Lunatic asylums in Bengal annual reports 1888-1898 - 1888-1898
Year: 1888
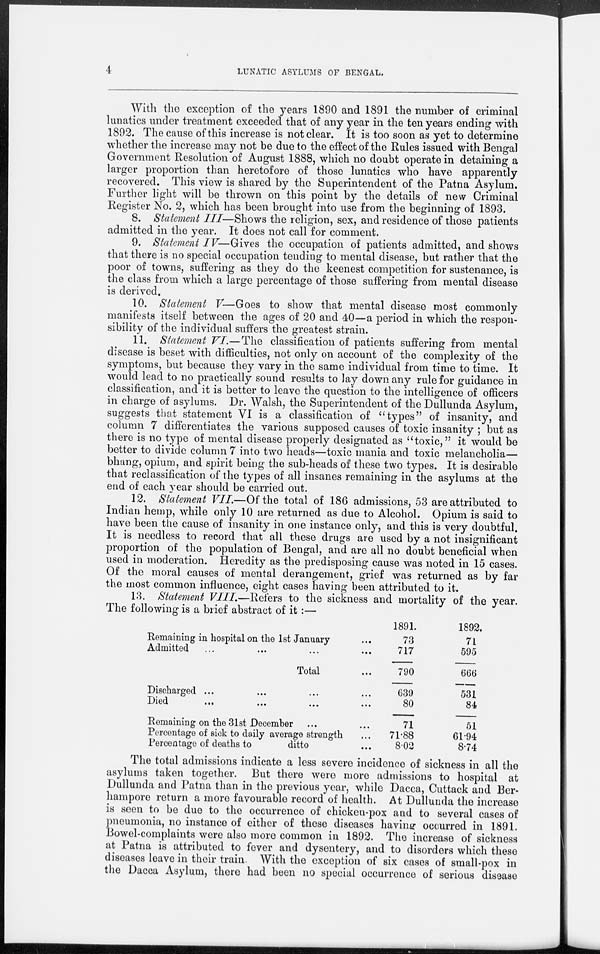
4
LUNATIC ASYLUMS OF BENGAL.
With the exception of the years 1890 and 1891 the number of criminal
lunatics under treatment exceeded that of any year in the ten years ending with
1892. The cause of this increase is not clear. It is too soon as yet to determine
whether the increase may not be due to the effect of the Rules issued with Bengal
Government Resolution of August 1888, which no doubt operate in detaining a
larger proportion than heretofore of those lunatics who have apparently
recovered. This view is shared by the Superintendent of the Patna Asylum.
Further light will be thrown on this point by the details of new Criminal
Register No. 2, which has been brought into use from the beginning of 1893.
8. Statement III—Shows the religion, sex, and residence of those patients
admitted in the year. It does not call for comment.
9. Statement IV— Gives the occupation of patients admitted, and shows
that there is no special occupation tending to mental disease, but rather that the
poor of towns, suffering as they do the keenest competition for sustenance, is
the class from which a large percentage of those suffering from mental disease
is derived.
10. Statement V—Goes to show that mental disease most commonly
manifests itself between the ages of 20 and 40—a period in which the respon-
sibility of the individual suffers the greatest strain.
11. Statement VI.—The classification of patients suffering from mental
disease is beset with difficulties, not only on account of the complexity of the
symptoms, but because they vary in the same individual from time to time. It
would lead to no practically sound results to lay down any rule for guidance in
classification, and it is better to leave the question to the intelligence of officers
in charge of asylums. Dr. Walsh, the Superintendent of the Dullunda Asylum,
suggests that statement VI is a classification of "types" of insanity, and
column 7 differentiates the various supposed causes of toxic insanity ; but as
there is no type of mental disease properly designated as "toxic," it would be
better to divide column 7 into two heads—toxic mania and toxic melancholia—
bhang, opium, and spirit being the sub-heads of these two types. It is desirable
that reclassification of the types of all insanes remaining in the asylums at the
end of each year should be carried out.
12. Statement VII.—Of the total of 186 admissions, 53 are attributed to
Indian hemp, while only 10 are returned as due to Alcohol. Opium is said to
have been the cause of insanity in one instance only, and this is very doubtful.
It is needless to record that all these drugs are used by a not insignificant
proportion of the population of Bengal, and are all no doubt beneficial when
used in moderation. Heredity as the predisposing cause was noted in 15 cases.
Of the moral causes of mental derangement, grief was returned as by far
the most common influence, eight cases having been attributed to it.
13. Statement VIII.—Refers to the sickness and mortality of the year.
The following is a brief abstract of it :—
Remaining in hospital on the 1st January ...
Admitted ... ... ... ...
Total ...
Discharged ... ... ... ...
Died
...
...
...
...
Remaining on the 31st December ... ...
Percentage of sick to daily average strength ...
Percentage of deaths to
ditto ...
1891.
73
717
790
639
80
71
71.88
8.02
1892.
71
595
666
531
84
51
61.94
8.74
The total admissions indicate a less severe incidence of sickness in all the
asylums taken together. But there were more admissions to hospital at
Dullunda and Patna than in the previous year, while Dacca, Cuttack and Ber-
hampore return a more favourable record of health. At Dullunda the increase
is seen to be due to the occurrence of chicken-pox and to several cases of
pneumonia, no instance of either of these diseases having occurred in 1891.
Bowel-complaints were also more common in 1892. The increase of sickness
at Patna is attributed to fever and dysentery, and to disorders which these
diseases leave in their train. With the exception of six cases of small-pox in
the Dacca Asylum, there had been no special occurrence of serious disease